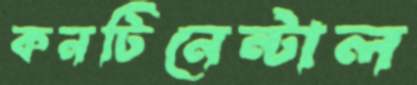
কনটিনেন্টাল